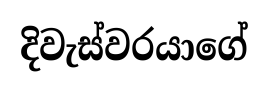
දිවැස්වරයාගේ